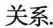
关系.